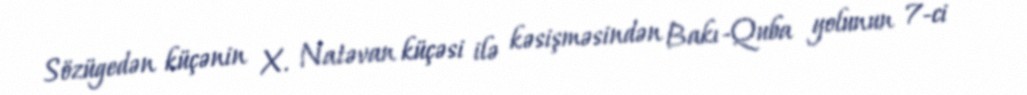
Sözügedən küçənin X. Natəvan küçəsi ilə kəsişməsindən Bakı-Quba yolunun 7-ci